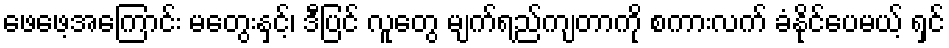
ဖေဖေ့အကြောင်း မတွေးနှင့်၊ ဒီပြင် လူတွေ မျက်ရည်ကျတာကို စကားလက် ခံနိုင်ပေမယ့် ရှင်